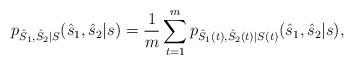
LaTeX: \begin{align*}p_{\hat{S}_1,\hat{S}_2|S}(\hat{s}_1,\hat{s}_2|s)=\frac{1}{m}\sum\limits_{t=1}^mp_{\hat{S}_1(t),\hat{S}_2(t)|S(t)}(\hat{s}_1,\hat{s}_2|s),\end{align*}